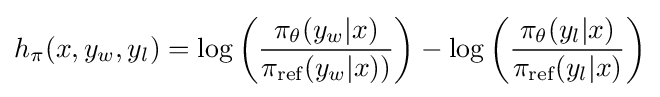
h_{\pi }(x,y_{w},y_{l})=\log \left({\frac {\pi _{\theta }(y_{w}|x)}{\pi _{\text{ref}}(y_{w}|x))}}\right)-\log \left({\frac {\pi _{\theta }(y_{l}|x)}{\pi _{\text{ref}}(y_{l}|x)}}\right)